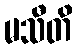
မသီတိ